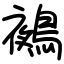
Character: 鵺